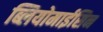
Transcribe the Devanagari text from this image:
ब्लियोमाईसिन